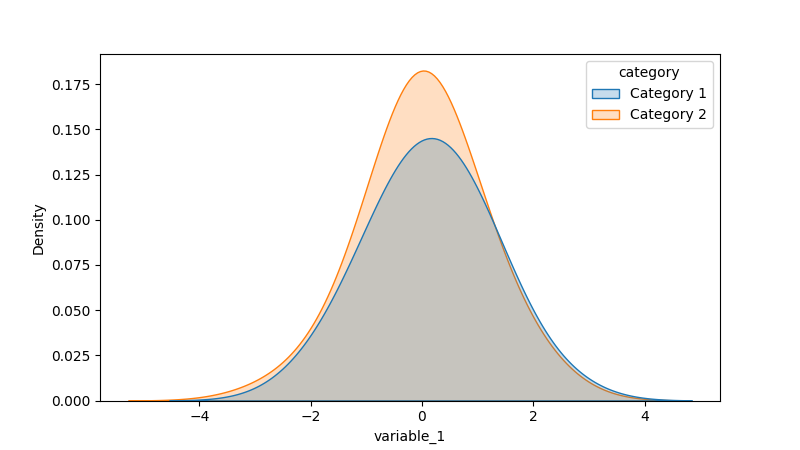
python, seaborn, kdeplot, hue='category', fill=True, bw_adjust=2.0